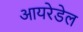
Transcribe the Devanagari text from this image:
आयरेडेल